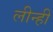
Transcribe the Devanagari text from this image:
लीन्‍हीं